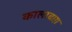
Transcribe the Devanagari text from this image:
कालाबाग़